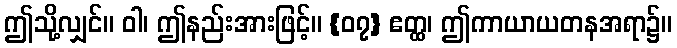
ဤသို့လျှင်။ ဝါ၊ ဤနည်းအားဖြင့်။ {၀၇} ဧတ္ထ၊ ဤကာယာယတနအရာ၌။